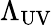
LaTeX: \Lambda_{\mathrm{UV}}